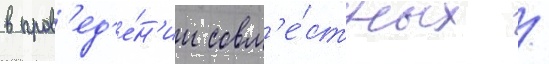
в пров'ед'е́н'ии совм'е́стных /